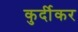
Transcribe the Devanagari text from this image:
कुर्दीकर